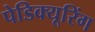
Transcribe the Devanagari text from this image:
पेडिक्यूरिंग